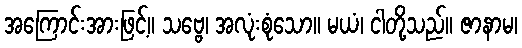
အကြောင်းအားဖြင့်။ သဗ္ဗေ၊ အလုံးစုံသော။ မယံ၊ ငါတို့သည်။ ဇာနာမ၊